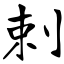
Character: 剌